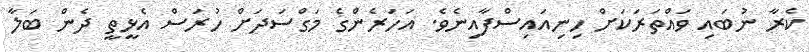
ކެރާ ނުބައި ވައްތަރަކަށް ހިނިއައިސްފާއިނެވެ. އަހަރެންގެ މަގްސަދަށް ހުރަސް އެޅީތީ ދެން ބަލާ